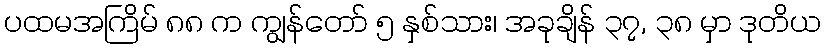
ပထမအကြိမ် ၈၈ က ကျွန်တော် ၅ နှစ်သား၊ အခုချိန် ၃၇, ၃၈ မှာ ဒုတိယ